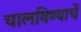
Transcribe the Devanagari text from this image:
चालविण्याचें